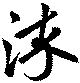
染